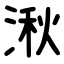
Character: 湫